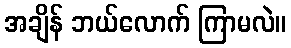
အချိန် ဘယ်လောက် ကြာမလဲ။